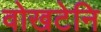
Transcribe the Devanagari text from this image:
वोखटेनि